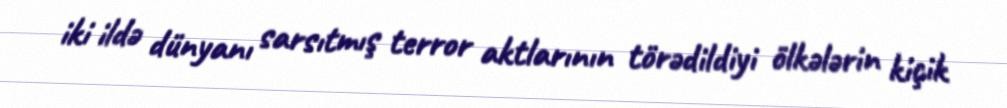
iki ildə dünyanı sarsıtmış terror aktlarının törədildiyi ölkələrin kiçik